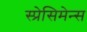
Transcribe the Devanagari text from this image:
स्प्रेसिमेन्स